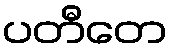
ပတီတေ